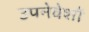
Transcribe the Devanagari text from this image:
उपनेवेशों